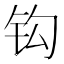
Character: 钩